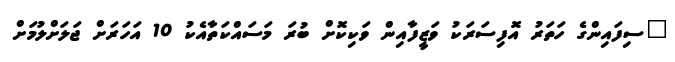
"ސިފައިންގެ ހަތަރު އޮފިސަރަކު ވަޒީފާއިން ވަކިކޮށް ބުރަ މަސައްކަތާއެކު 10 އަހަރަށް ޖަލަށްލުމަށް